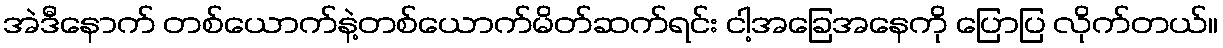
အဲဒီနောက် တစ်ယောက်နဲ့တစ်ယောက်မိတ်ဆက်ရင်း ငါ့အခြေအနေကို ပြောပြ လိုက်တယ်။